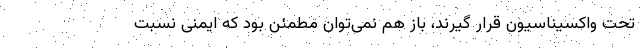
تحت واکسیناسیون قرار گیرند، باز هم نمی‌توان مطمئن بود که ایمنی نسبت